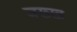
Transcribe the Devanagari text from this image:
जख्ख